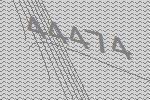
44474